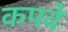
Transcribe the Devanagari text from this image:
कपवे